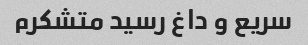
سریع و داغ رسید متشکرم